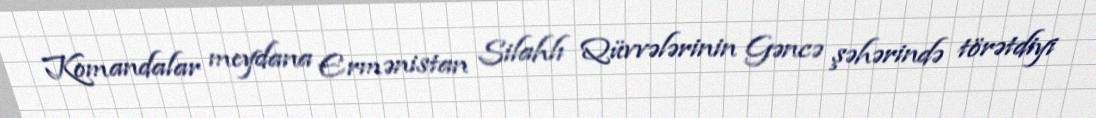
Komandalar meydana Ermənistan Silahlı Qüvvələrinin Gəncə şəhərində törətdiyi